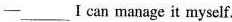
——___I can manage it myself.